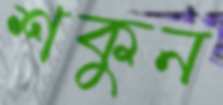
শকুন